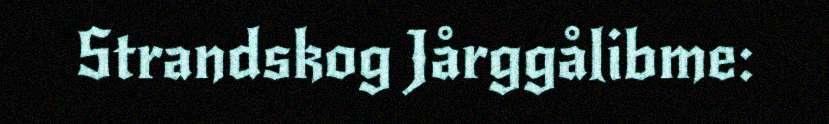
Strandskog Jårggålibme: